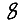
Digit: 8